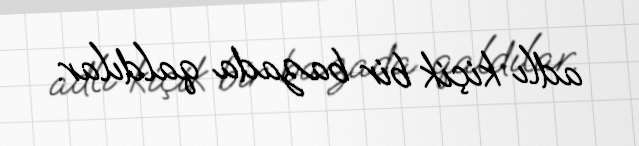
adlı kiçik bir bazada qaldılar.